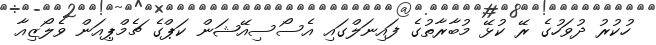
ހުކުރު ދުވަހުގެ ރޭ ކުޅޭ މުބާރާތުގެ ފައިނަލްގައި އެސޯސިއޭޝަން ކަޕްގެ ޗެމްޕިއަން ވެލޯޒިއާ